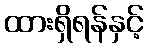
ထားရှိရန်နှင့်